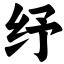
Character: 纾